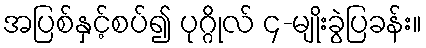
အပြစ်နှင့်စပ်၍ ပုဂ္ဂိုလ် ၄-မျိုးခွဲပြခန်း။